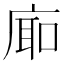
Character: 𪪚